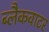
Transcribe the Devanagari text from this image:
ब्लैकवाटर